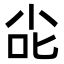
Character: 㕾